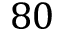
8 0